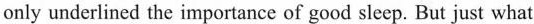
only underlined the importance of good sleep. But just what